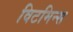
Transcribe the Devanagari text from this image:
विटमिन्स